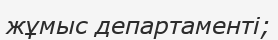
жұмыс департаменті;